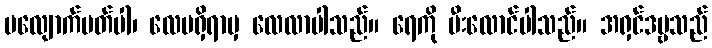
မလျောက်ပတ်ပါ၊ လေမရှိရာမှ လေလာပါသည်။ ရေကို မီးလောင်ပါသည်။ အရှင်ဒဗ္ဗသည်